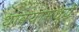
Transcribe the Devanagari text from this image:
थाव्यांमध्ये